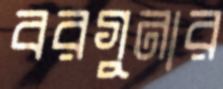
বরগুনার